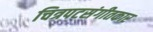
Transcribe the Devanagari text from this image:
चित्रपटसंगीतकार